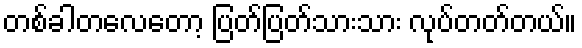
တစ်ခါတလေတော့ ပြတ်ပြတ်သားသား လုပ်တတ်တယ်။